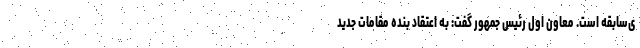
ی‌سابقه است. معاون اول رئیس جمهور گفت: به اعتقاد بنده مقامات جدید